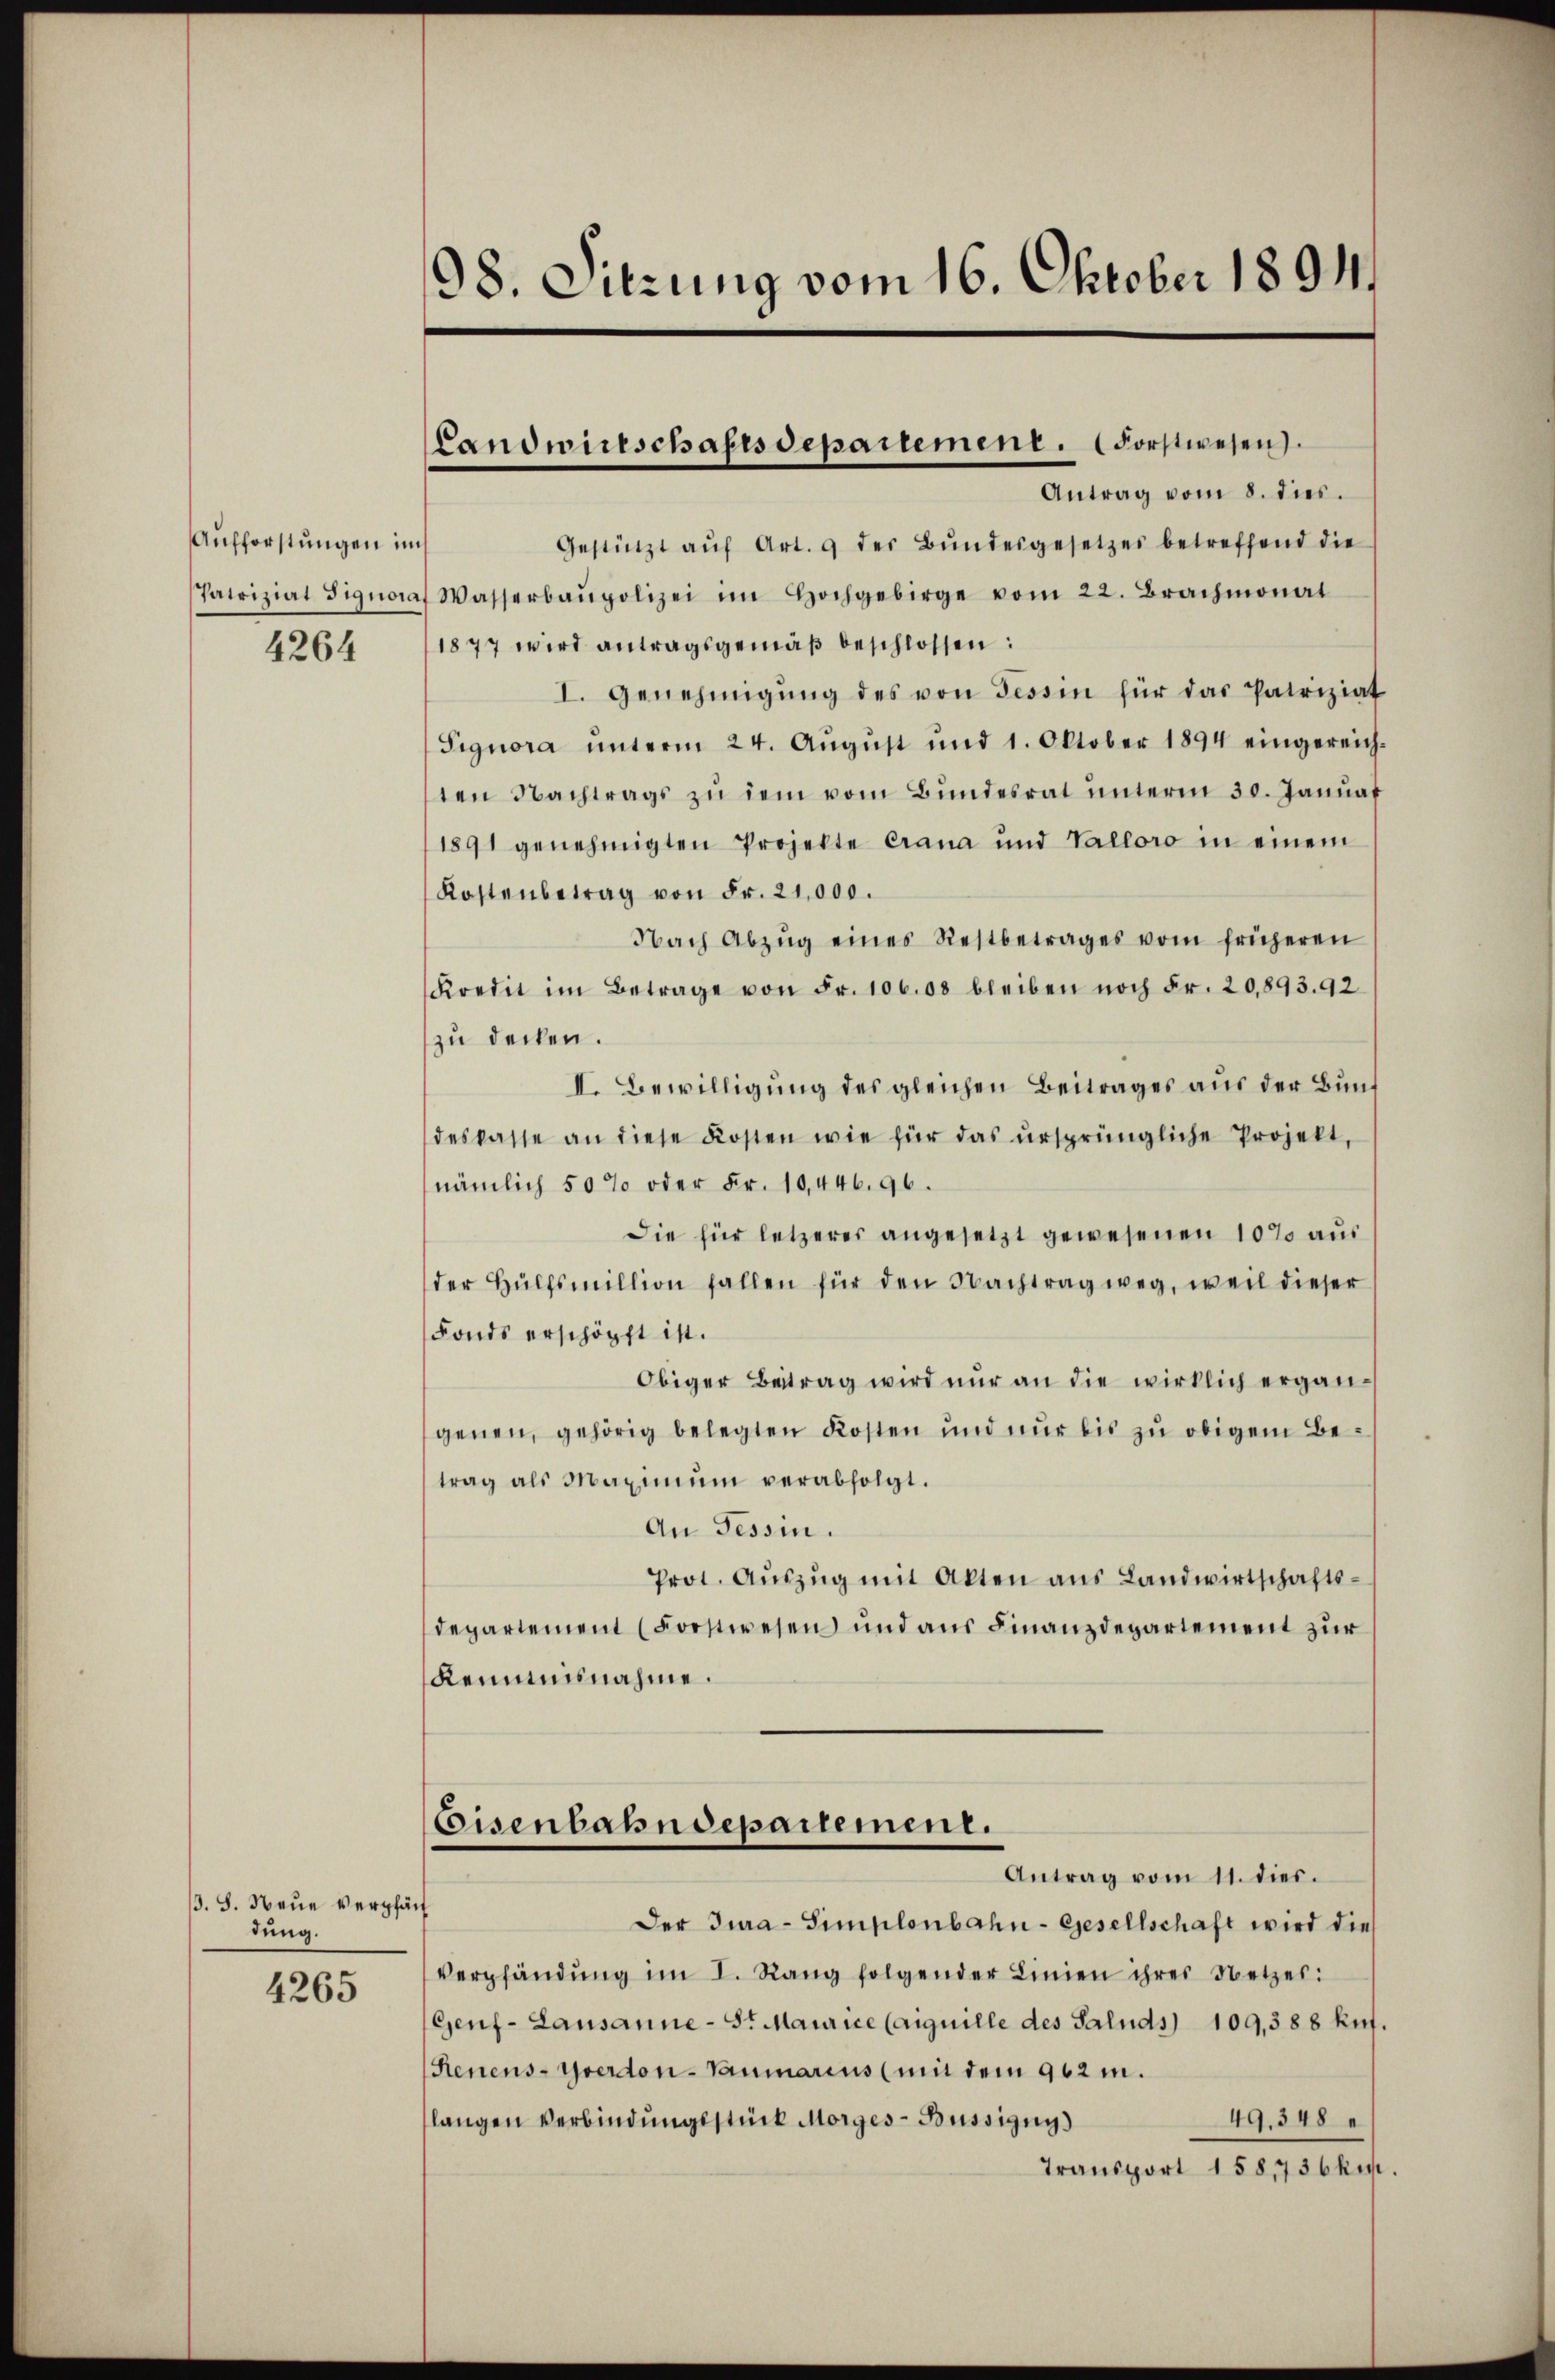
Aufforstungen im
Patrizial Signora
4264

3. 8. Neue verpfäch
dung.

4265

98. Sitzung vom 16. Oktober 1894.

Landwirtschaftsdepartement. Forstwesen.
Antrag vom 8. dies.

Gestützt aŭf Art. 9 der Bŭndesgesetzes betreffend die
 Wasserbaupolizei im Hochgebirge vom 22. Brachmonat
1877 wird antragsgemäß beschlossen:
I. Genehmigung des von Tessin für das Patriziat
Signora unterm 24. Aŭgŭst und 1. Oktober 1894 eingereichten Nachtrags zŭ dem vom Bŭndesrat ŭnterm 30. Janŭar
1891 genehmigten Projekte Crana und Valloro in einem
Kostenbetrag von Fr. 21,000.
Nach Abzŭg eines Restbetrages vom früheren
Kredit im Betrage von Fr. 106.08 bleiben noch Fr. 20,893. 92
zu decken.
II. Bewilligung des gleichen Beitrages aus der Bundeskasse an diese Kosten wie für das ursprüngliche Projekt,
nämlich 50% oder Fr. 10,446. 96.
Die für letzerer angesetzt gewesenen 10% aus
der Hülfsmillion fallen für den Nachtrag weg, weil dieser
Fonds erschöpft ist.
Obiger Beitrag wird nur an die wirklich ergängenen, gehörig belegten Kosten und nur bis zu obigem Betrag als Maximŭm verabfolgt.
An Tessin.
Prot. Aŭszŭg mit Akten ans Landwirtschafts-
departement (Forstwesen und aus Finanzdepartement zur
Remmnisnahme.
Eisenbahndepartement.
Antrag vom 11. dies.
Der Jura-Simplonbahn-Gesellschaft wird die
Verpfändung im I. Rang folgender Linien ihrer Netzes:
Genf- Lausanne - St Maurice Caiquille des Saluds 109,388 kuf.
Renens- Yverdon-Vaumarius (mit dem 962 m.
49.348
langen Verbindungsstück Morges - Büssigny
Transport 158,736kr.